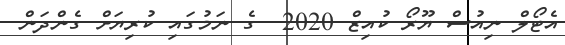
އެޓޯލް ނިއުސް ޔޫރޯ ކުއިޒް 2020  ގެ ނަމުގައި ކުރިޔަށް ގެންދަން